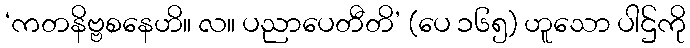
‘ကတနိဗ္ဗစနေဟိ။ လ။ ပညာပေတီတိ’ (ပေ ၁၆၅) ဟူသော ပါဌ်ကို